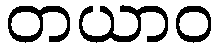
တယာဝ